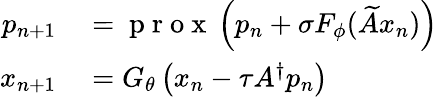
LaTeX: \begin{array}{rl}{p_{n+1}}&{{}=\mathrm{~p~r~o~x~}\left(p_{n}+\sigma F_{\phi}(\widetilde{A}x_{n})\right)}\\ {x_{n+1}}&{{}=G_{\theta}\left(x_{n}-\tau A^{\dagger}p_{n}\right)}\end{array}